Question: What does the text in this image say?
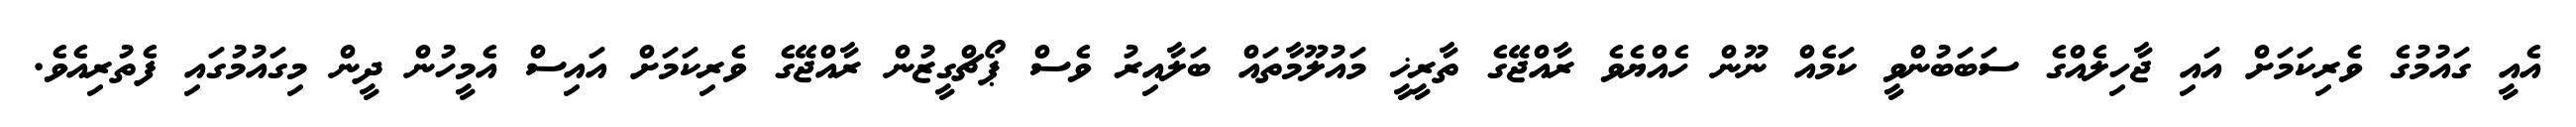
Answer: އެއީ ގައުމުގެ ވެރިކަމަށް އައި ޖާހިލެއްގެ ސަބަބުންވީ ކަމެއް ނޫން ހެއްޔެވެ ރާއްޖޭގެ ތާރީޚީ މައުލޫމާތައް ބަލާއިރު ވެސް ޕޯޗްގީޒުން ރާއްޖޭގެ ވެރިކަމަށް އައިސް އެމީހުން ދީން މިގައުމުގައި ފެތުރިއެވެ.